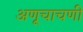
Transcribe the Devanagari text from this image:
अणूचाचणी